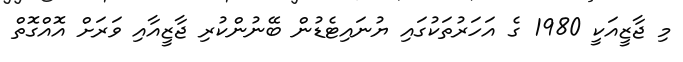
މި ޖާޒީއަކީ 1980 ގެ އަހަރުތަކުގައި ޔުނައިޓެޑުން ބޭނުންކުރި ޖާޒީއާއި ވަރަށް އޮއްގޮތް